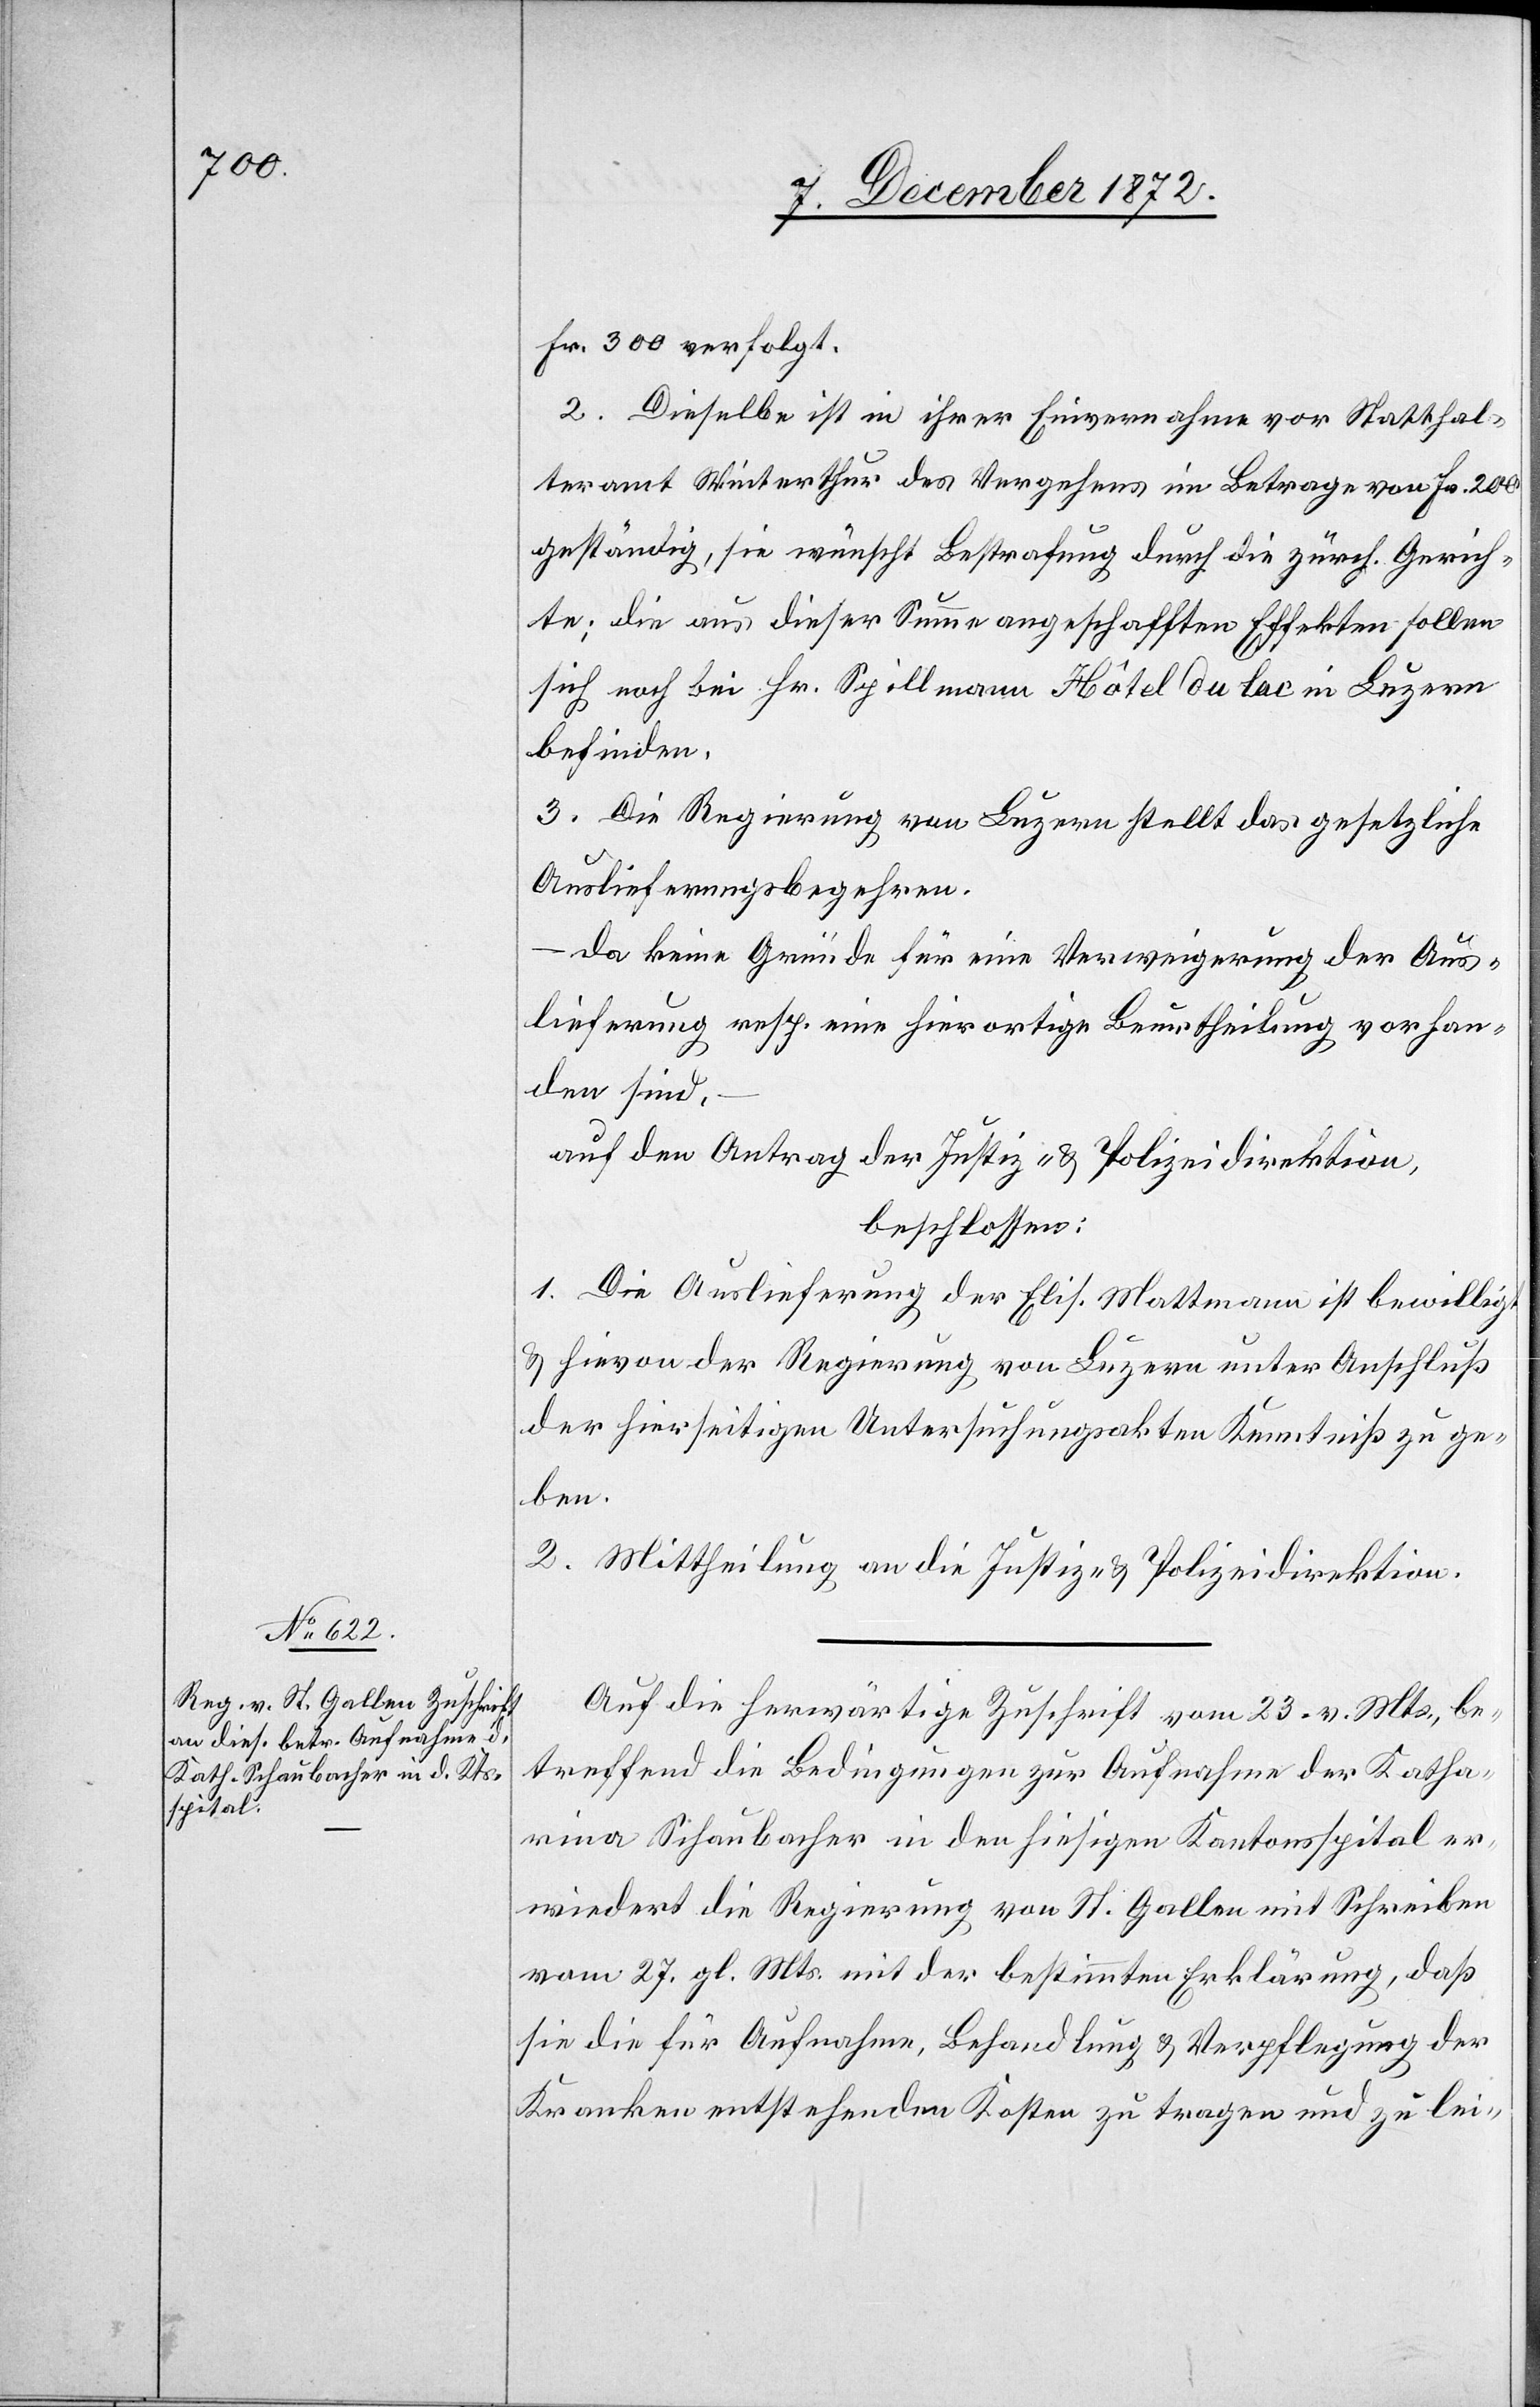
10. December 1872.]
Fr. 300 verfolgt.
2. Dieselbe ist in ihrer Einvernahme vor Statthal¬
teramt Winterthur des Vergehens im Betrage von Fr. 200
geständig, sie wünscht Bestrafung durch die zürch. Gerich¬
te; die aus dieser Summe angeschafften Effekten sollen
sich noch bei Hr. Spillmann Hôtel du lac in Luzern
befinden.
3. Die Regierung von Luzern stellt das gesetzliche
Auslieferungsbegehren.
– da keine Gründe für eine Verweigerung der Aus¬
lieferung resp. eine hierortige Beurtheilung vorhan¬
den sind.
auf den Antrag der Justiz- u. Polizeidirektion,
beschlossen:
1. Die Auslieferung der Elis. Mattmann ist bewilligt
u. hievon der Regierung von Luzern unter Anschluß
der hierseitigen Untersuchungsakten Kenntniß zu ge¬
ben.
2. Mittheilung an die Justiz- u. Polizeidirektion.
Auf die herwärtige Zuschrift vom 23. v. Mts., be¬
treffend die Bedingungen zur Aufnahme der Katha¬
rina Schaubacher in den hiesigen Kantonsspital er¬
wiedert die Regierung von St. Gallen mit Schreiben
vom 27. gl. Mts. mit der bestimmten Erklärung, daß
sie die für Aufnahme, Behandlung u. Verpflegung der
Kranken entstehenden Kosten zu tragen und zu lei-